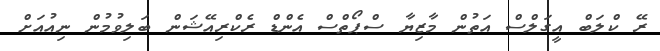
ރޭ ކްލަބް އީގަލްސް އަތުން މާޒިޔާ ސްޕޯތްސް އެންޑް ރެކްރިއޭޝަން ބަލިވުމުން ނިއުއަށް